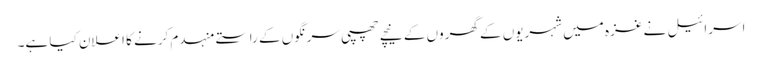
اسرائیل نے غزہ میں شہریوں کے گھروں کے نیچے چھپی سرنگوں کے راستے منہدم کرنے کا اعلان کیا ہے۔